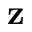
\bf { z }